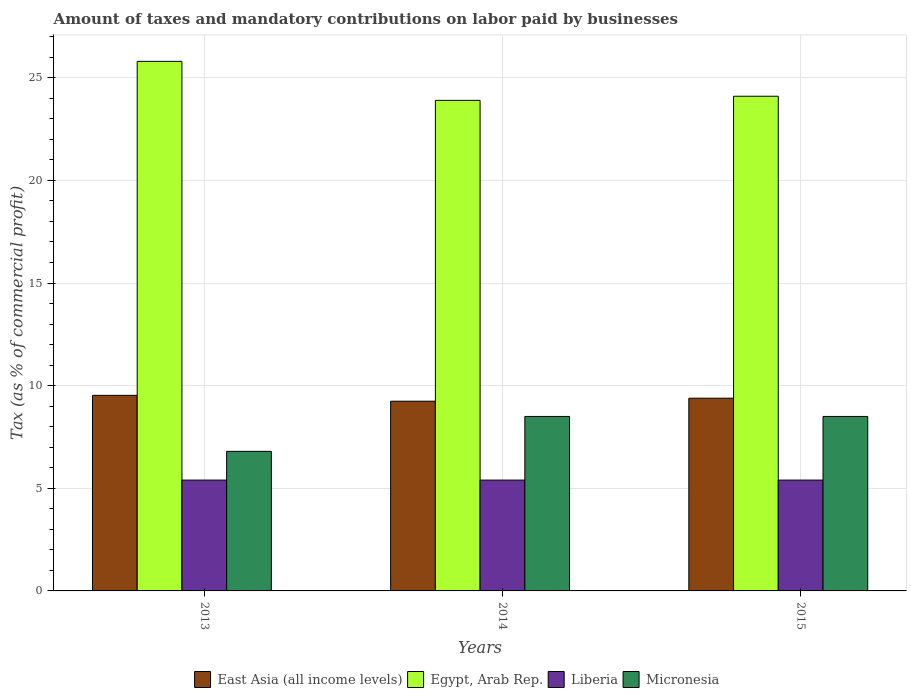
| Years | East Asia (all income levels) | Egypt, Arab Rep. | Liberia | Micronesia |
 | --- | --- | --- | --- | --- |
 | 2013 | 9.53 | 25.8 | 5.4 | 6.8 |
 | 2014 | 9.24 | 23.9 | 5.4 | 8.5 |
 | 2015 | 9.39 | 24.1 | 5.4 | 8.5 |